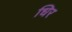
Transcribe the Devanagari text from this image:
धिर